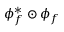
\phi _ { f } ^ { * } \odot \phi _ { f }